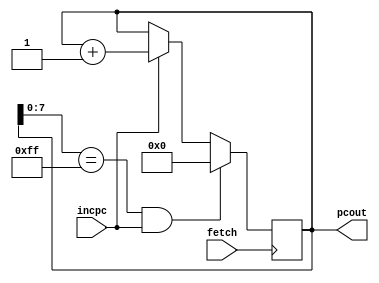
module ProgramCounter(
    input wire fetch,  // Positive edge triggered clock input
    input wire incpc,  // Increment PC control signal
    output [27:0] pcout  // 28-bit Program Counter output
);

    // The maximum value for the PC before it resets, assuming the constraint is intentional
    parameter MAX_PC_VALUE = 8'hFF; // 255 in decimal

    // Internal register to hold the Program Counter value
    reg [27:0] pcounter = 28'h0; // Initialize pcounter to 0

    // Reset the Program Counter or increment it based on the control signals
    always @(posedge fetch) begin
        if (pcounter[7:0] == MAX_PC_VALUE && incpc) begin
            // Reset the Program Counter to 0 when it reaches 255 and incpc is high
            pcounter <= 28'h0;
        end else if (incpc) begin
            // Increment the Program Counter if incpc is high
            pcounter <= pcounter + 1'b1;
        end
        // No need for a reset condition here as the fetch clock controls the increment
    end

    // Assign the internal register value to the output
    assign pcout = pcounter;

endmodule